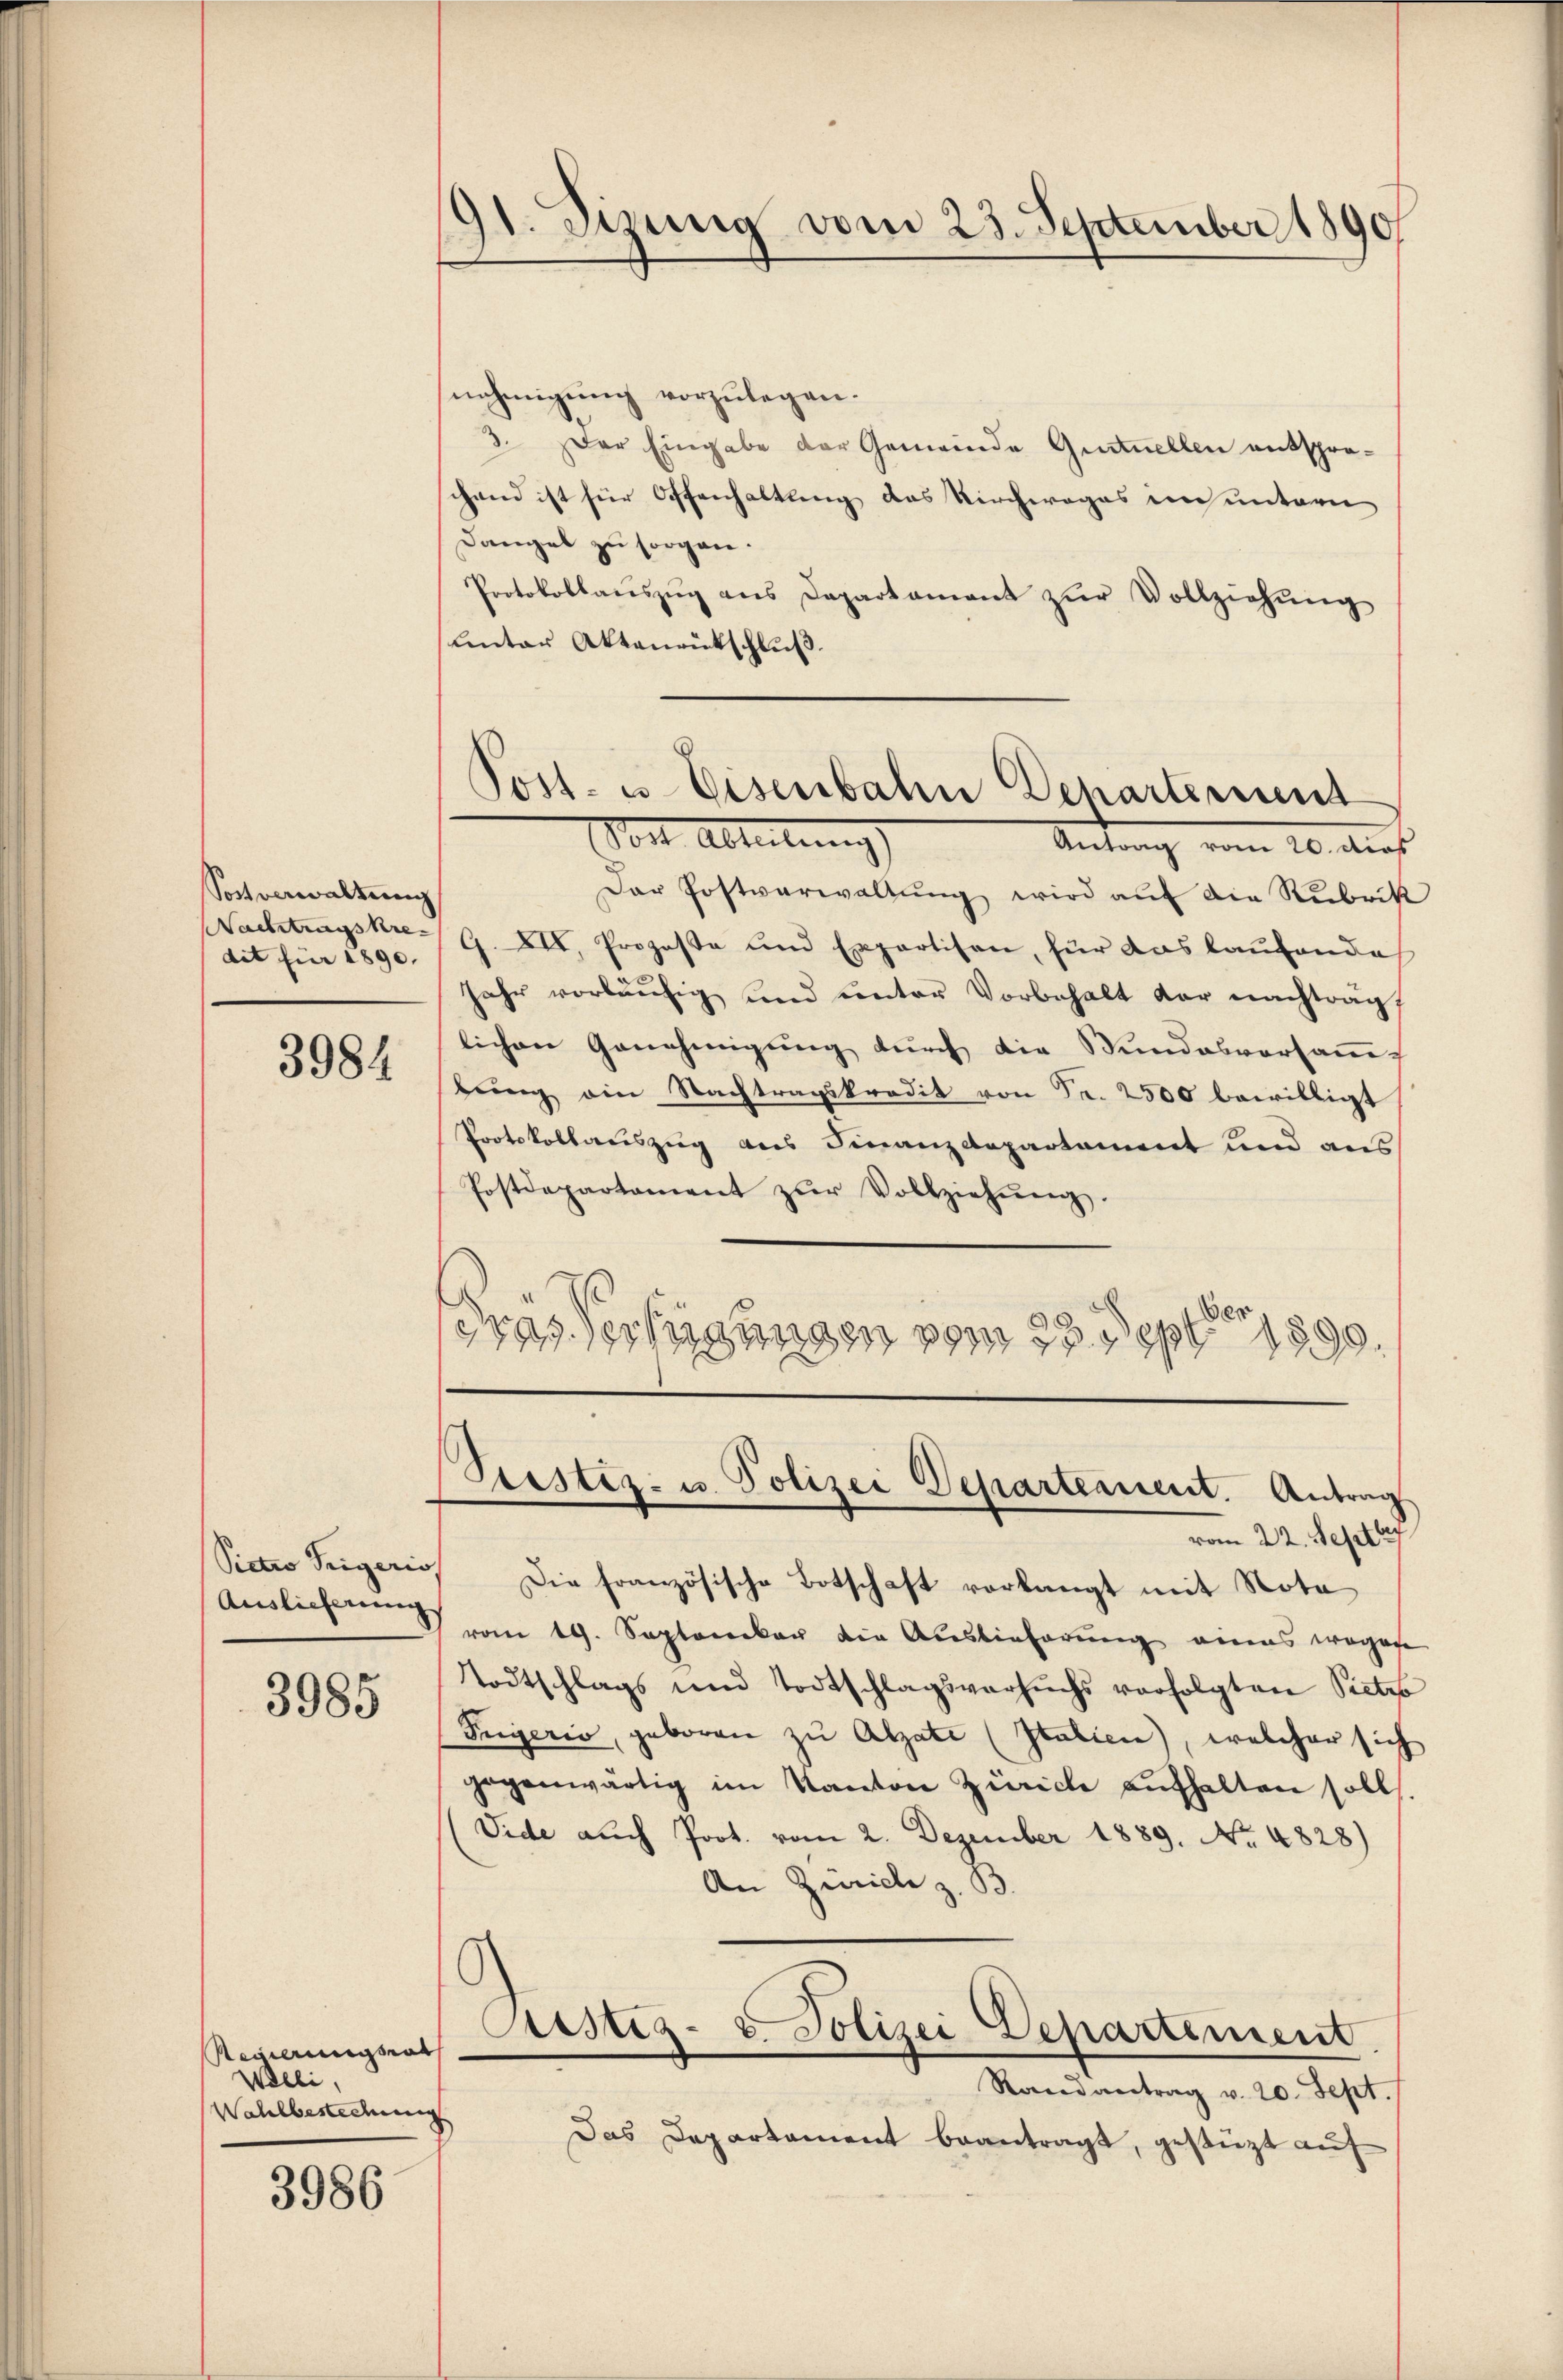
Sostverwaltung
dit für 1890. |

3984

Sictio Seegeris
Auslieferung

3985

Regierungsrath
Weli,
Wahlbestedung

3986

91. Sizung vom 23. September 1890

nehmigung vorzulegen.
3. Der Eingabe der Gemeinde Gentuellen entspro-
chend ist für Offenhaltung das Kirchwages im untern
Dangel zu sorgen.
Protokollaŭszŭg ans Departament zŭr Vollziehŭng
Unter Aktenrütschlŭβ

Der Postverwaltŭng wird aŭf die Rubrik
Nachtragste G. XII. Prozeße und Expertisen, für das laufende
Jahr vorläŭfig und unter Vorbehalt der nachtrag,
lichen Genehmigŭng dŭrch die Stŭndesversaṁer
bŭng ein Nachtragskredit von Fr. 2500 bewilligt
Protokollauszug aus Finanzdepartament und aus
Postdepartament zŭr Vollziehŭng.
dras Verfügungen vom 23. Sept 1890.

Post- u. Eisenbahn Departement
Vorte Abteilung
Antrag vom 20. Aug.

Seester- u. Polizei Departement. Antrag
vom 22. Septe

Die französische Botschaft vorlangt mit Nota
vom 19. September die Auslieferung eines wegen
Todtschlags und Todtschlagsversuchs verfolgten Pietro
Pergeris, geboren zu Alzati (Italien), welcher sich
gegenwärtig im Kanton Zürich aufhalten soll.
Vide auch Prot. vom 2. Dezember 1889. No. 4828)
An Zürich z. B.
Justiz- u. Polizei Departement
Randantrag v. 20. Sept./
Das Departament beantragt, gestüzt auf